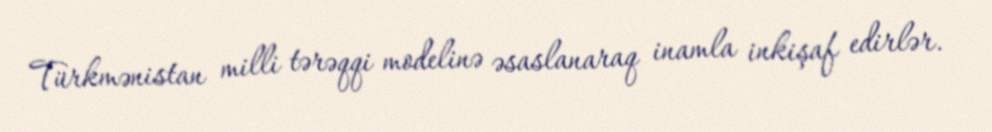
Türkmənistan milli tərəqqi modelinə əsaslanaraq inamla inkişaf edirlər.